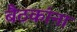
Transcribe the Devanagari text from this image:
बैठकांना